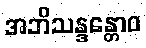
အဘိသန္ဒန္တောဝ